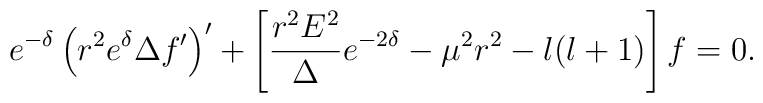
e^{-\delta } \left(r^{2}e^{\delta } \Delta f' \right) '+\left[\frac {r^{2}E^{2}}{\Delta } e^{-2\delta } -\mu ^{2}r^{2} -l(l+1) \right] f =0 .